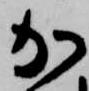
加